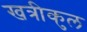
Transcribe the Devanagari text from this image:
खत्रीकुल